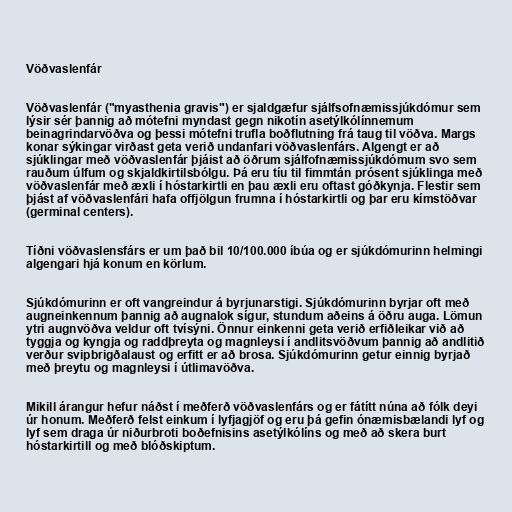
Vöðvaslenfár

Vöðvaslenfár ("myasthenia gravis") er sjaldgæfur sjálfsofnæmissjúkdómur sem
lýsir sér þannig að mótefni myndast gegn nikotín asetýlkólínnemum
beinagrindarvöðva og þessi mótefni trufla boðflutning frá taug til vöðva. Margs
konar sýkingar virðast geta verið undanfari vöðvaslenfárs. Algengt er að
sjúklingar með vöðvaslenfár þjáist að öðrum sjálfofnæmissjúkdómum svo sem
rauðum úlfum og skjaldkirtilsbólgu. Þá eru tíu til fimmtán prósent sjúklinga með
vöðvaslenfár með æxli í hóstarkirtli en þau æxli eru oftast góðkynja. Flestir sem
þjást af vöðvaslenfári hafa offjölgun frumna í hóstarkirtli og þar eru kímstöðvar
(germinal centers).

Tíðni vöðvaslensfárs er um það bil 10/100.000 íbúa og er sjúkdómurinn helmingi
algengari hjá konum en körlum.

Sjúkdómurinn er oft vangreindur á byrjunarstigi. Sjúkdómurinn byrjar oft með
augneinkennum þannig að augnalok sígur, stundum aðeins á öðru auga. Lömun
ytri augnvöðva veldur oft tvísýni. Önnur einkenni geta verið erfiðleikar við að
tyggja og kyngja og raddþreyta og magnleysi í andlitsvöðvum þannig að andlitið
verður svipbrigðalaust og erfitt er að brosa. Sjúkdómurinn getur einnig byrjað
með þreytu og magnleysi í útlimavöðva.

Mikill árangur hefur náðst í meðferð vöðvaslenfárs og er fátítt núna að fólk deyi
úr honum. Meðferð felst einkum í lyfjagjöf og eru þá gefin ónæmisbælandi lyf og
lyf sem draga úr niðurbroti boðefnisins asetýlkólíns og með að skera burt
hóstarkirtill og með blóðskiptum.